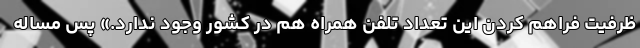
ظرفیت فراهم کردن این تعداد تلفن همراه هم در کشور وجود ندارد.» پس مساله